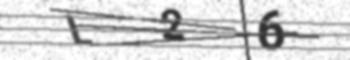
Text: L26